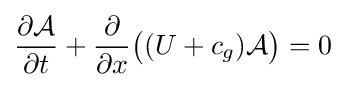
{\frac {\partial {\mathcal {A}}}{\partial t}}+{\frac {\partial }{\partial x}}{\bigl (}(U+c_{g}){\mathcal {A}}{\bigr )}=0